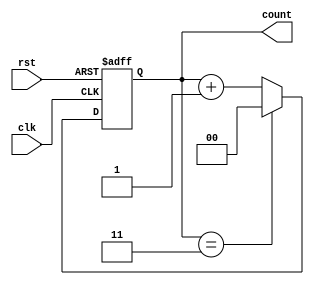
module divide_by_n_counter #(
    parameter N = 4 // Default value of N, can be overridden
) (
    input wire clk,       // Clock signal
    input wire rst,       // Active-high asynchronous reset
    output reg [$clog2(N)-1:0] count // Counter output
);

    // Ensure N is greater than 1
    initial begin
        if (N < 2) begin
            $error("Parameter N must be greater than or equal to 2.");
        end
    end

    // Counter logic
    always @(posedge clk or posedge rst) begin
        if (rst) begin
            count <= 0; // Reset the counter to 0
        end else begin
            if (count == N-1) begin
                count <= 0; // Wrap around to 0 when reaching N
            end else begin
                count <= count + 1; // Increment the counter
            end
        end
    end

endmodule